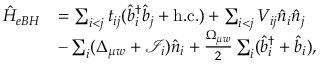
\begin{array} { r l } { \hat { H } _ { e B H } } & { = \sum _ { i < j } t _ { i j } ( \hat { b } _ { i } ^ { \dagger } \hat { b } _ { j } + \mathrm { h . c . } ) + \sum _ { i < j } V _ { i j } \hat { n } _ { i } \hat { n } _ { j } } \\ & { - \sum _ { i } ( \Delta _ { \mu w } + \mathcal { I } _ { i } ) \hat { n } _ { i } + \frac { \Omega _ { \mu w } } { 2 } \sum _ { i } ( \hat { b } _ { i } ^ { \dagger } + \hat { b } _ { i } ) , } \end{array}